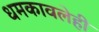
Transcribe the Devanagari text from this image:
धमकावलेही